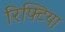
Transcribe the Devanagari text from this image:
रिफ्टिया